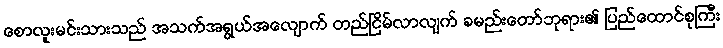
စောလူးမင်းသားသည် အသက်အရွယ်အလျောက် တည်ငြိမ်လာလျက် ခမည်းတော်ဘုရား၏ ပြည်ထောင်စုကြီး